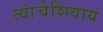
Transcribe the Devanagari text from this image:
त्यांचेशिवाय